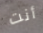
أنت